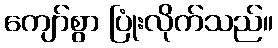
ကျော်စွာ ပြုံးလိုက်သည်။